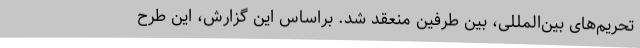
تحریم‌های بین‌المللی، بین طرفین منعقد شد. براساس این گزارش، این طرح